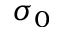
\sigma _ { 0 }